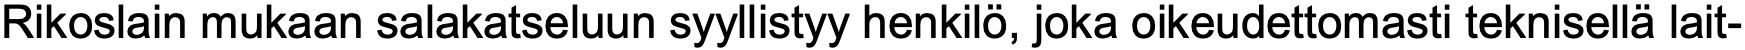
Rikoslain mukaan salakatseluun syyllistyy henkilö, joka oikeudettomasti teknisellä lait-